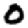
Digit: 0